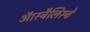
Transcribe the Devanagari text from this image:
ऑस्ट्रैलिस्चे